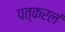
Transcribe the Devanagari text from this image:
पत्करलं